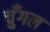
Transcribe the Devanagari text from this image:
चुँगल